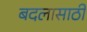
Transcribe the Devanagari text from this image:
बदलासाठी